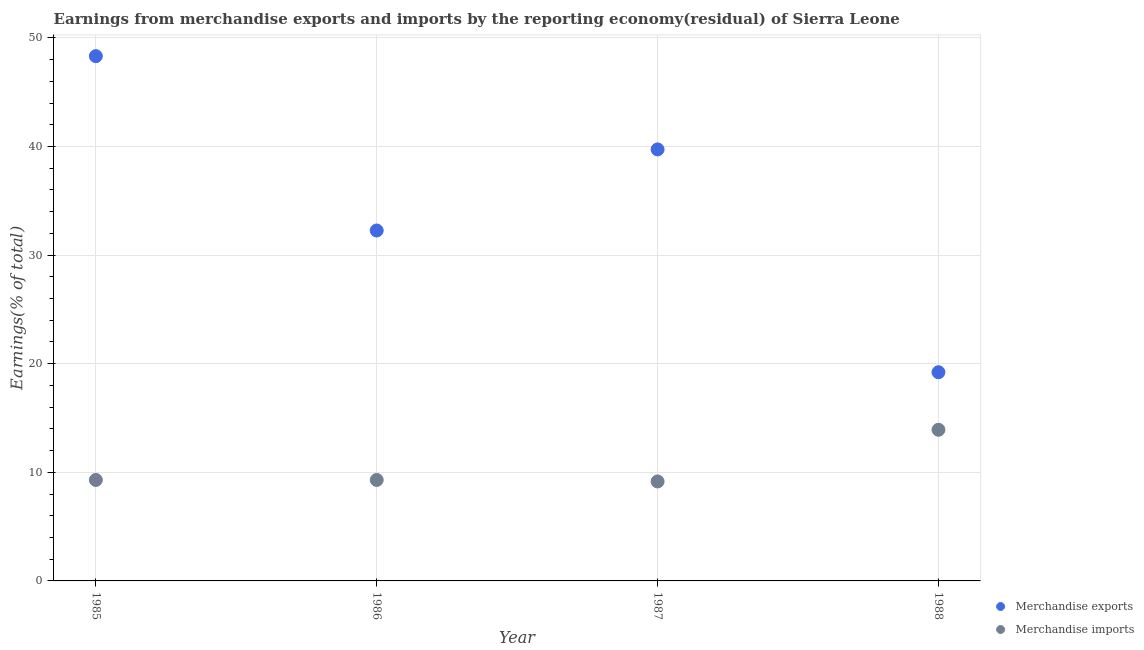
| Year | Merchandise exports | Merchandise imports |
 | --- | --- | --- |
 | 1985 | 48.3 | 9.3 |
 | 1986 | 32.3 | 9.3 |
 | 1987 | 39.7 | 9.16 |
 | 1988 | 19.2 | 13.9 |